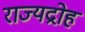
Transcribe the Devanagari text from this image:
राज्यद्रोह